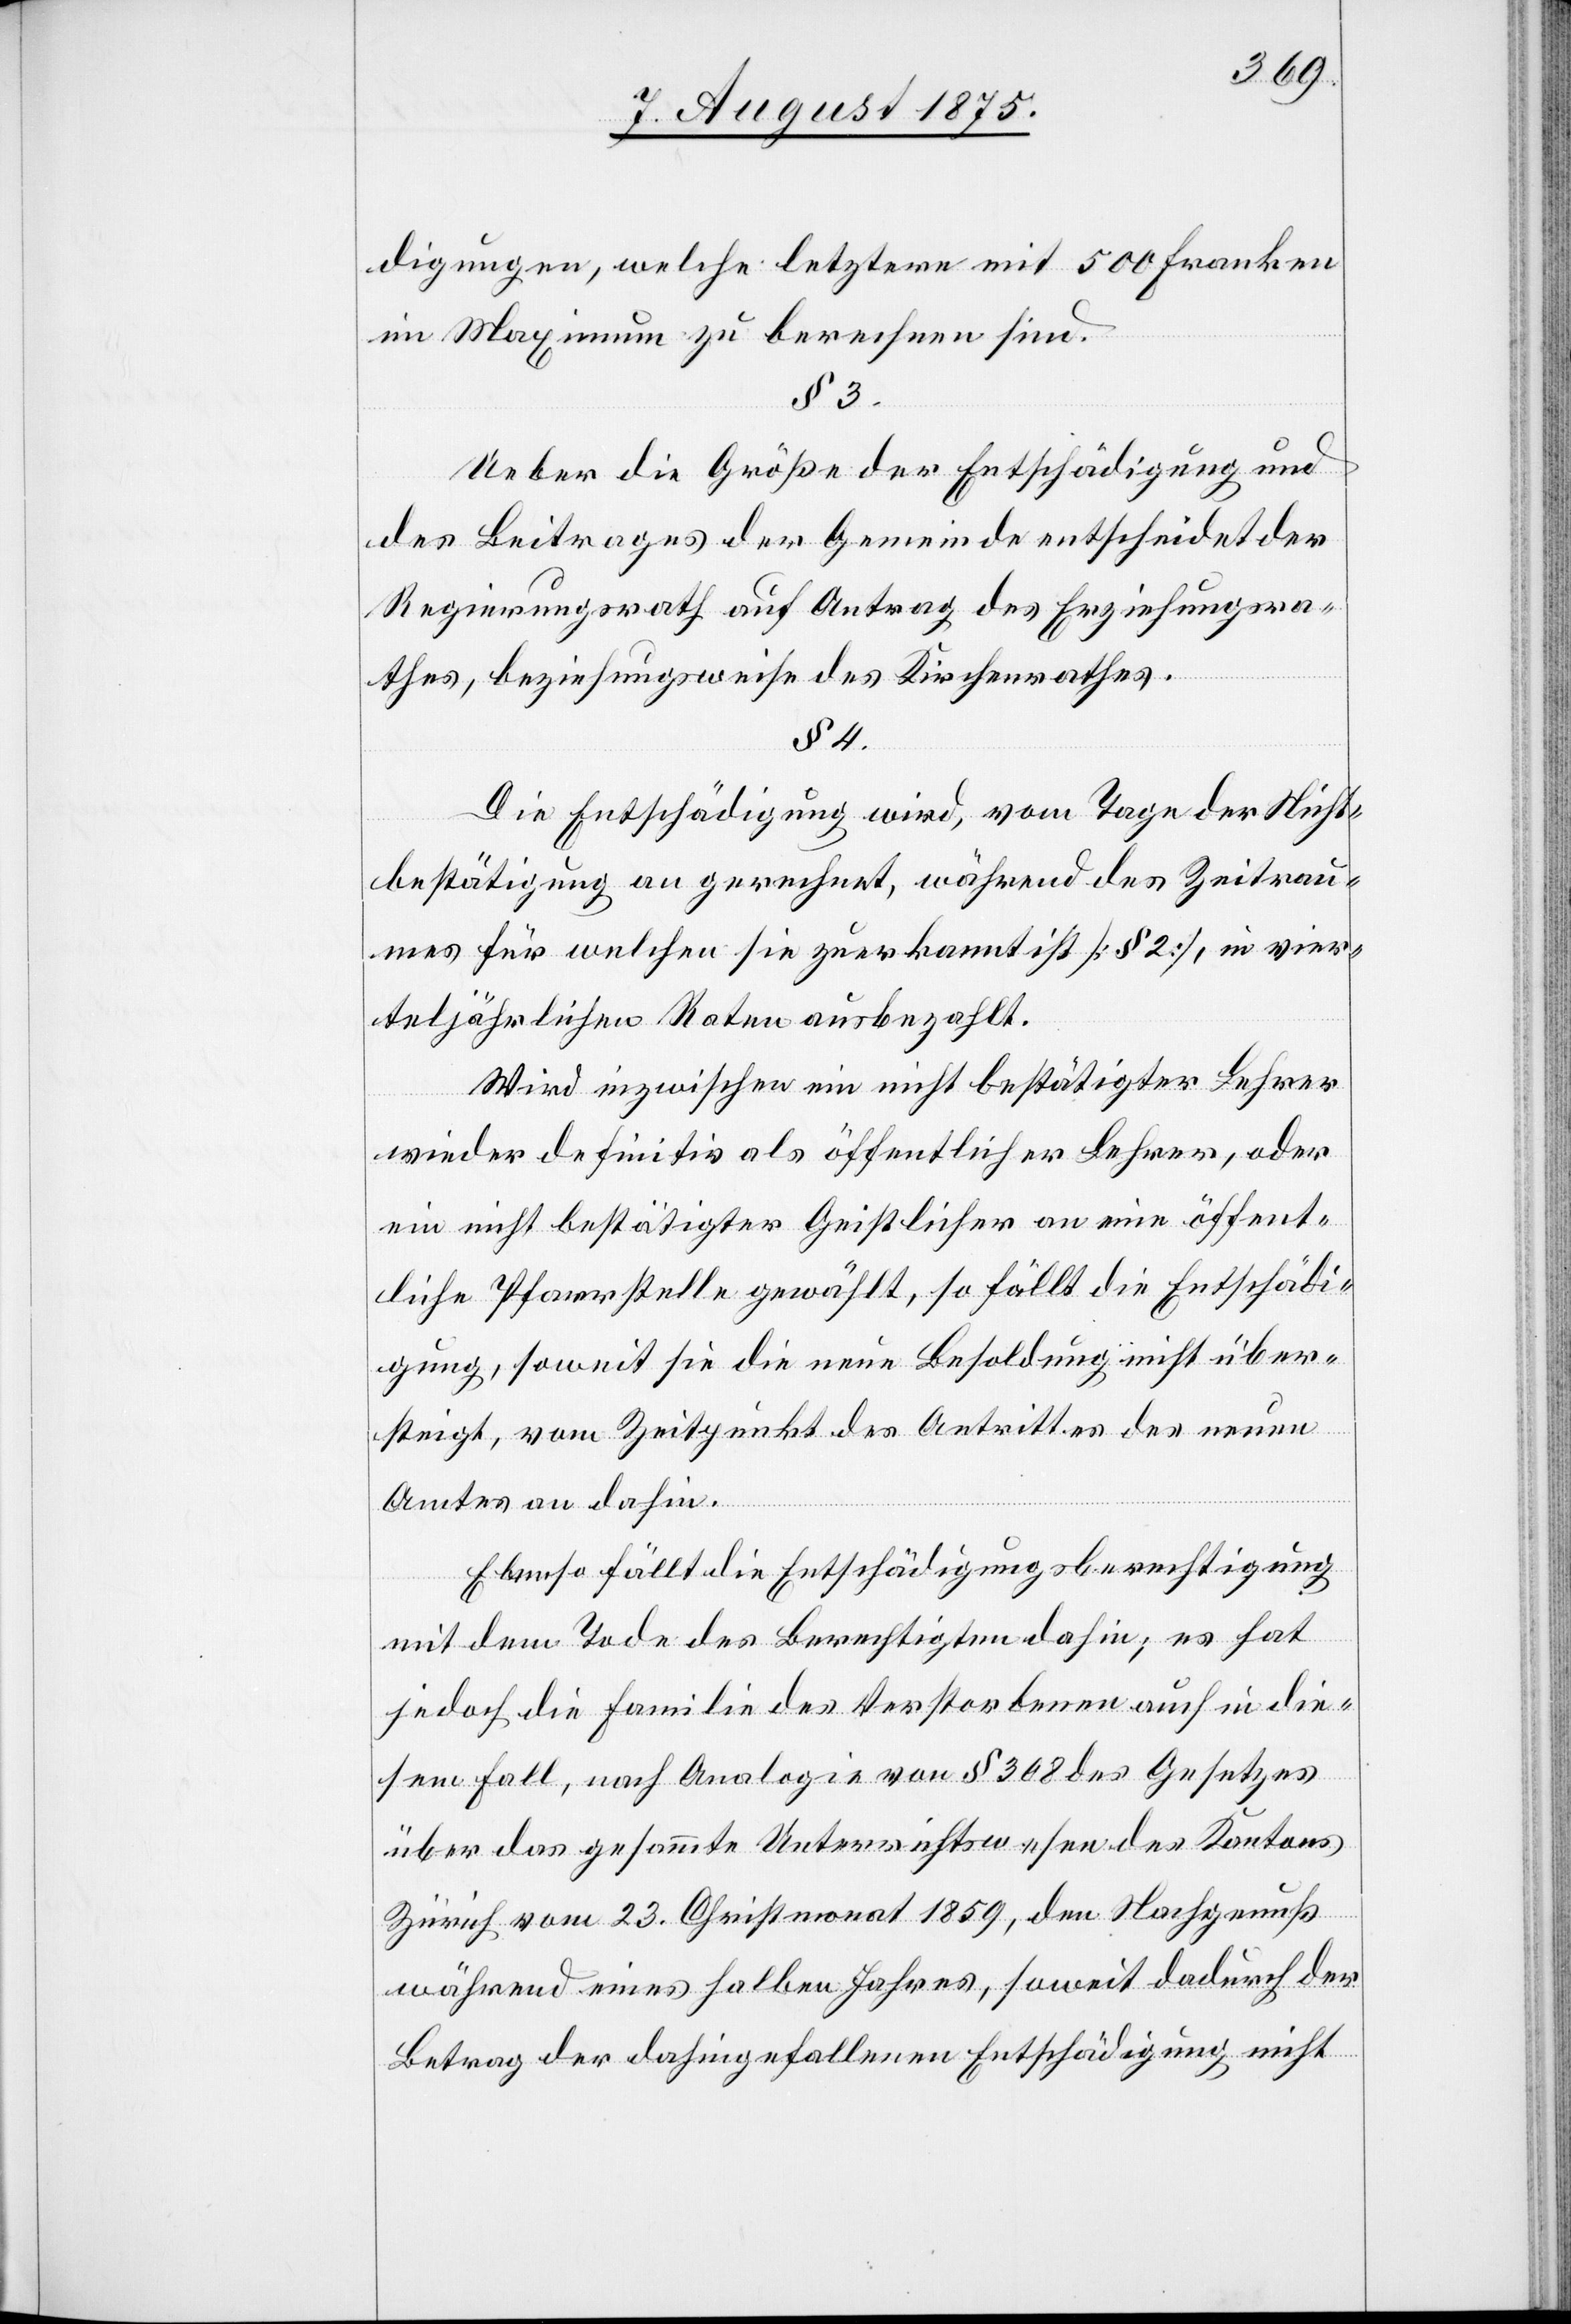
digungen, welche letztere mit 500 Franken
im Maximum zu berechnen sind.
§ 3.
Ueber die Größe der Entschädigung und
des Beitrages der Gemeinde entscheidet der
Regierungsrath auf Antrag des Erziehungsra¬
thes, beziehungsweise des Kirchenrathes.
§ 4.
Die Entschädigung wird, vom Tage der Nicht¬
bestätigung an gerechnet, während des Zeitrau¬
mes für welchen sie zuerkannt ist [§ 2], in vier¬
teljährlichen Raten ausbezahlt.
Wird inzwischen ein nicht bestätigter Lehrer
wieder definitiv als öffentlichen Lehrer, oder
ein nicht bestätigter Geistlicher an eine öffent¬
liche Pfarrstelle gewählt, so fällt die Entschädi¬
gung, soweit sie die neue Besoldung nicht über¬
steigt, vom Zeitpunkt des Antrittes des neuen
Amts an dahin.
Ebenso fällt die Entschädigungsberechtigung
mit dem Tode des Berechtigten dahin; es hat
jedoch die Familie des Verstorbenen auch in die¬
sem Fall, nach Analogie von § 308 des Gesetzes
über das gesammte Unterrichtswesen des Kantons
Zürich vom 23. Christmonat 1859, den Nachgenuß
während eines halben Jahres, soweit dadurch der
Betrag der dahingefallenen Entschädigung nicht